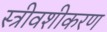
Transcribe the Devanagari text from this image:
स्त्रीवशीकरण